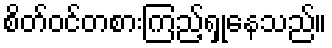
စိတ်ဝင်တစားကြည့်ရှုနေသည်။